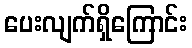
ပေးလျက်ရှိကြောင်း